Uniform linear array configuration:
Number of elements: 64
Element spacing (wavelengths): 0.25
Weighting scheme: uniform
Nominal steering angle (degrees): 30
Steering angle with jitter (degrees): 31.549
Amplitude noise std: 0.05
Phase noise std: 0.05

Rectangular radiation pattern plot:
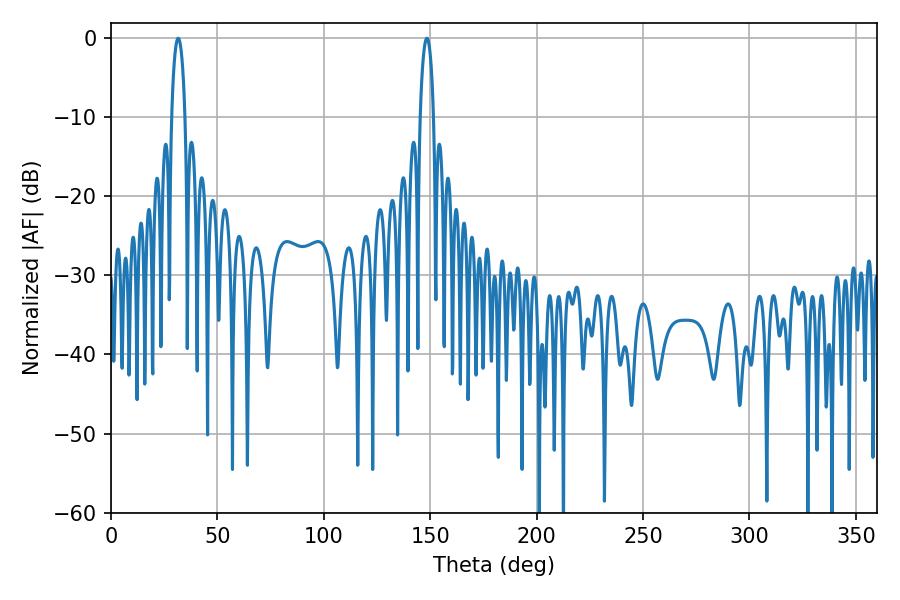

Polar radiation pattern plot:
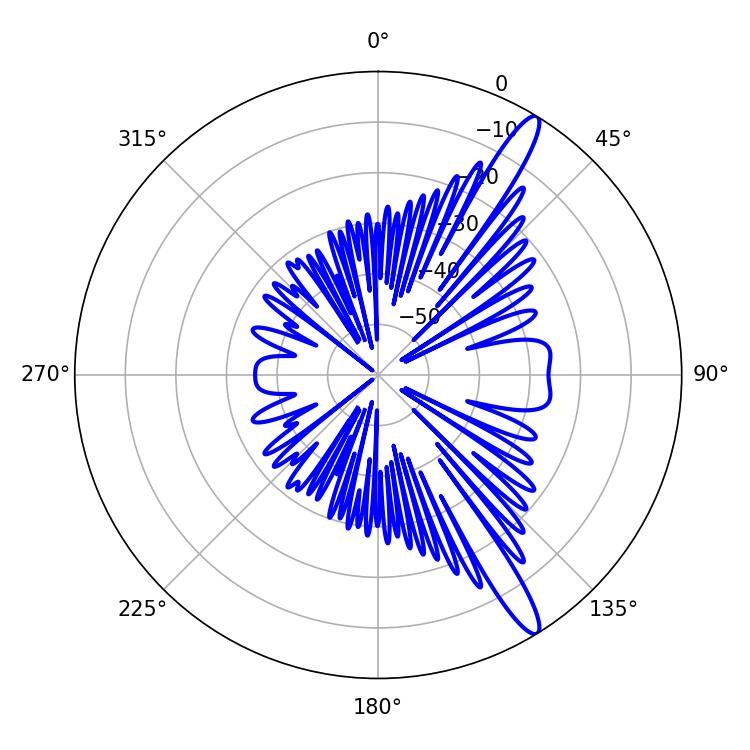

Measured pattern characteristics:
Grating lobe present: FALSE
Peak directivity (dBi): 14.118
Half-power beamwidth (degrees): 3.42
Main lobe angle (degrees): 31.5